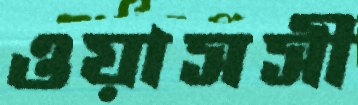
ওয়াসসী